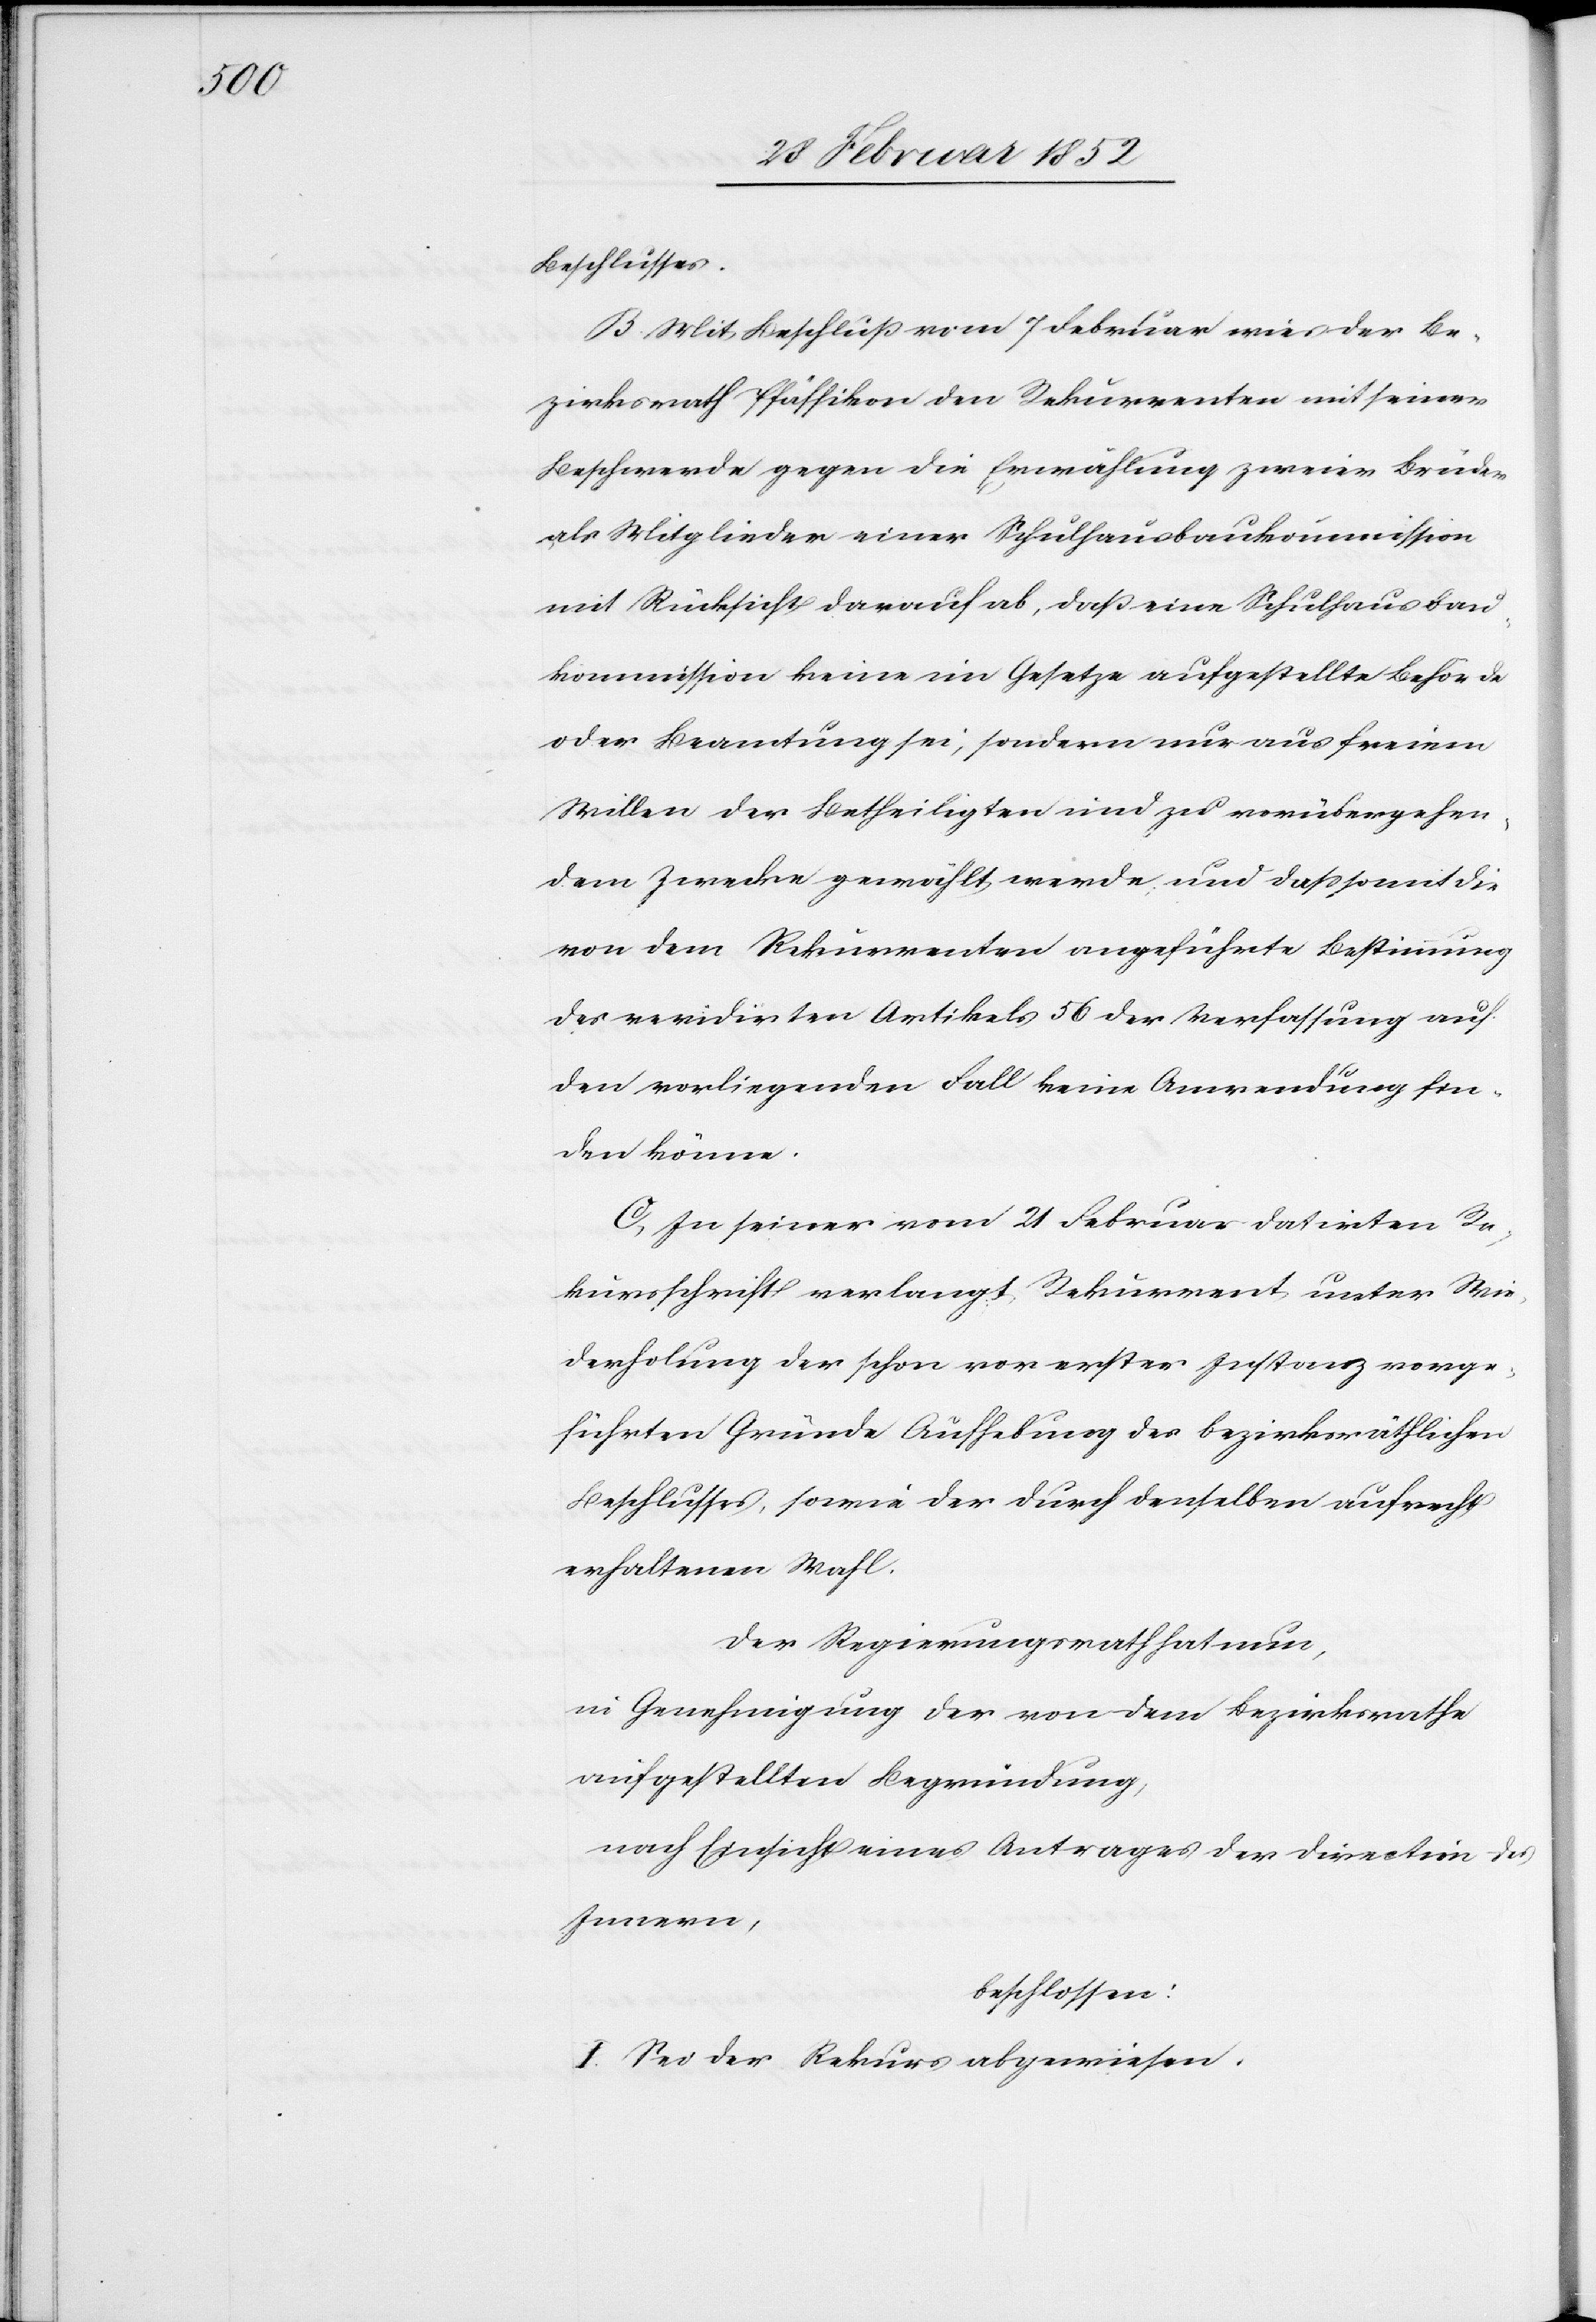
Beschlusses.
B. Mit Beschluß vom 7 Februar wies der Be¬
zirksrath Pfäffikon den Rekurrenten mit seiner
Beschwerde gegen die Erwählung zweier Brüder
als Mitglieder einer Schulhausbaukommission
mit Rücksicht darauf ab, daß eine Schulhausbau¬
kommission keine im Gesetze aufgestellte Behörde
oder Beamtung sei, sondern nur aus freiem
Willen der Betheiligten und zu vorübergehen¬
dem Zwecke gewählt werde und daß somit die
von dem Rekurrenten angeführte Bestimmung
des revidirten Artikels 56 der Verfassung auf
den vorliegenden Fall keine Anwendung fin¬
den könne.
C. In seiner vom 21 Februar datirten Re¬
kursschrift verlangt Rekurrent unter Wie¬
derholung der schon vor erster Instanz vorge¬
führten Gründe Aufhebung des bezirksräthlichen
Beschlusses, sowie der durch denselben aufrecht
erhaltenen Wahl.
Der Regierungsrath hat nun,
in Genehmigung der von dem Bezirksrathe
aufgestellten Begründung,
nach Einsicht eines Antrages der Direktion des
Innern,
beschlossen:
I. Sei der Rekurs abgewiesen.